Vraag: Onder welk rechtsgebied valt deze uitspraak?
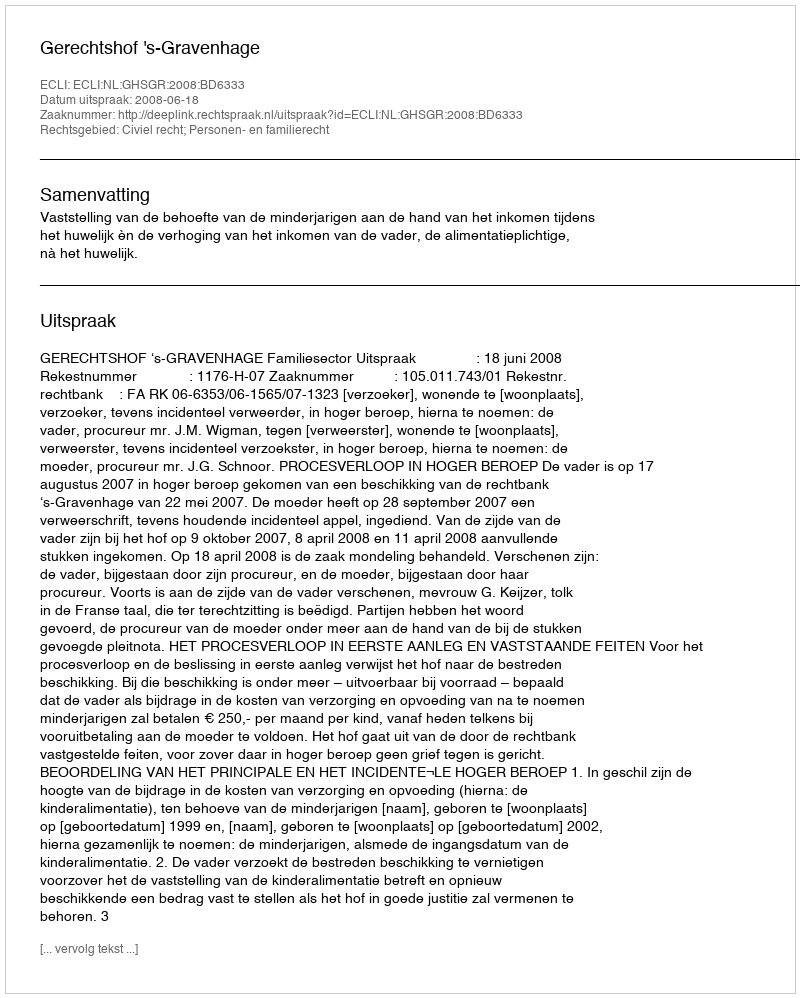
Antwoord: Civiel recht; Personen- en familierecht